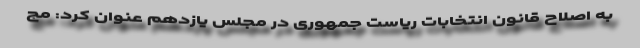
به اصلاح قانون انتخابات ریاست جمهوری در مجلس یازدهم عنوان کرد: مج